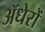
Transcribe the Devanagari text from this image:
ॲधेरों